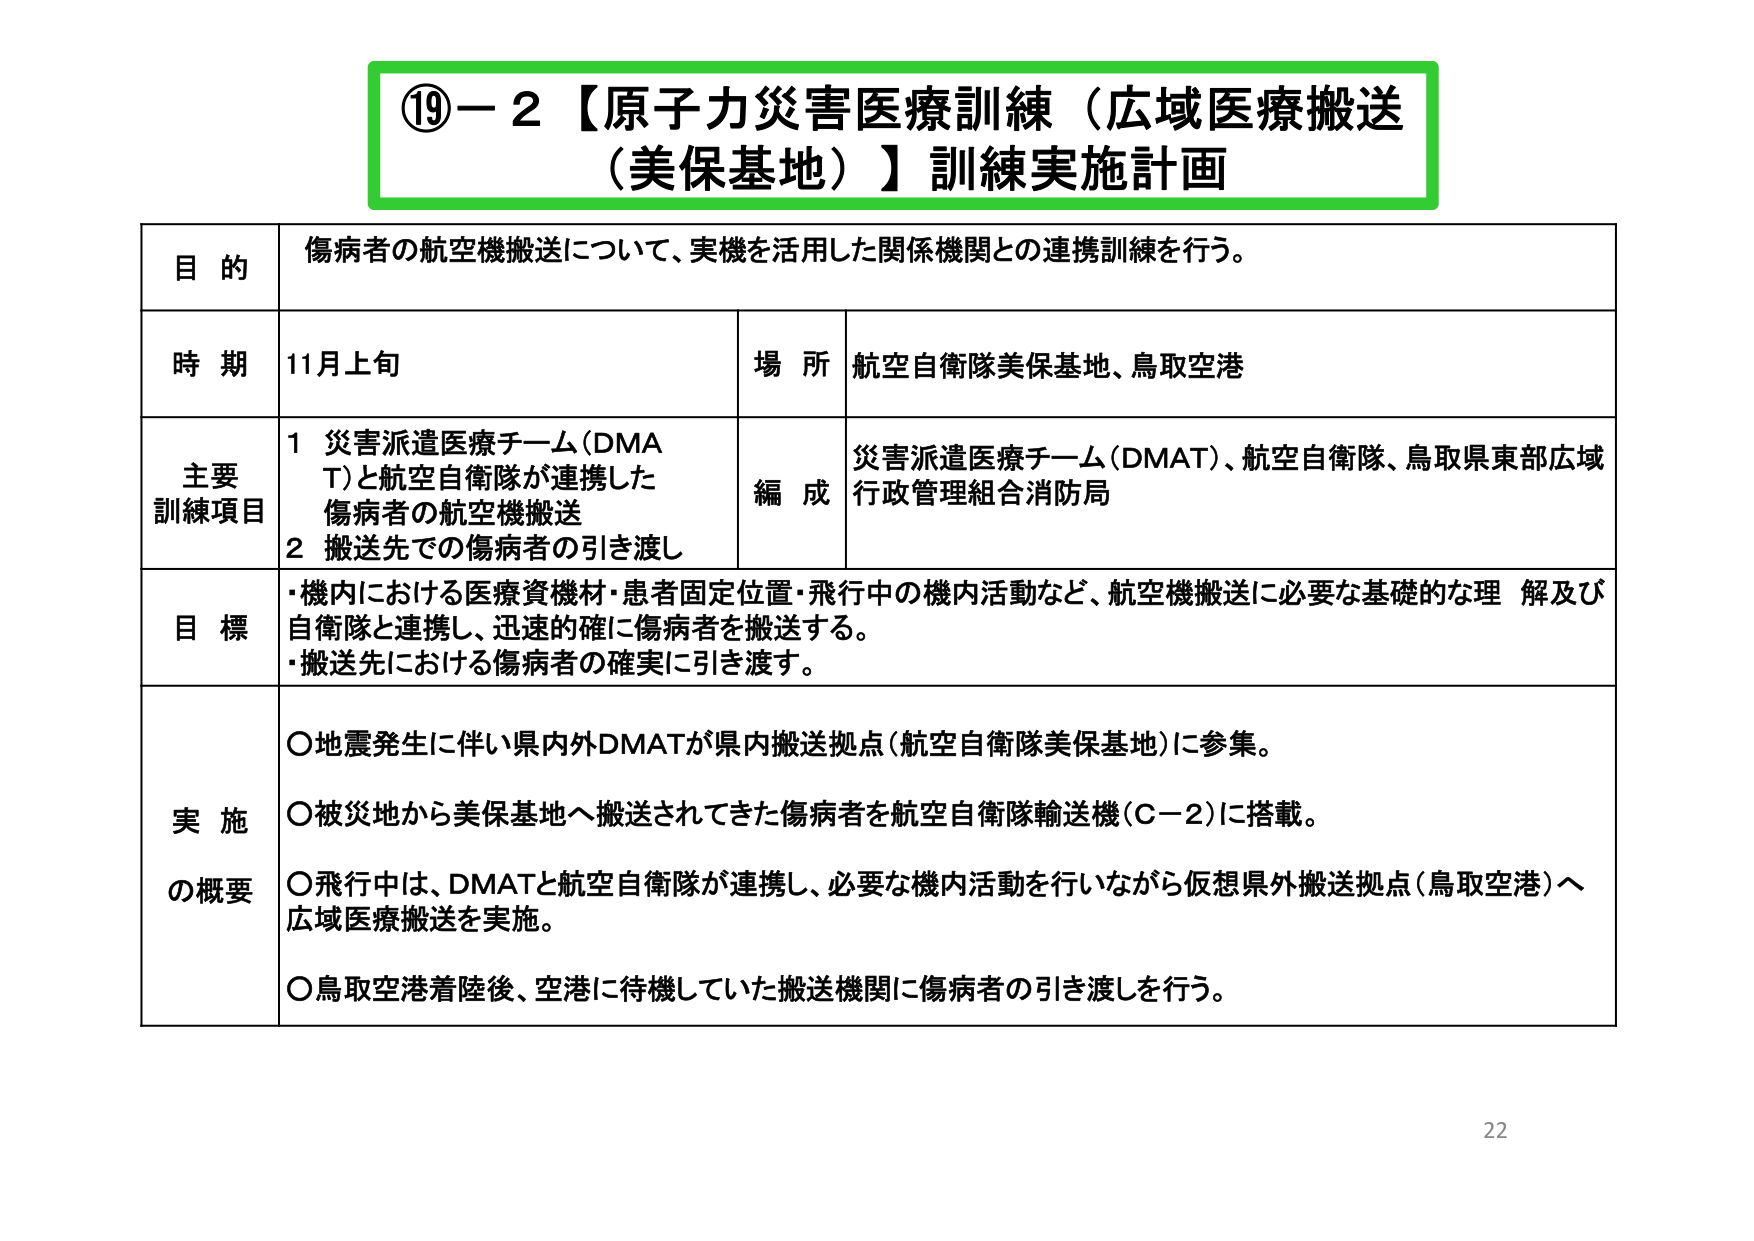
⑲－２【原子力災害医療訓練（広域医療搬送（美保基地））訓練実施計画

目的 傷病者の航空機搬送について、実機を活用した関係機関との連携訓練を行う。

時期 11月上旬 場所 航空自衛隊美保基地、鳥取空港

主要 訓練項目 1 災害派遣医療チーム（DMAT）と航空自衛隊が連携した 傷病者の航空機搬送 2 搬送先での傷病者の引き渡し 編成 災害派遣医療チーム（DMAT）、航空自衛隊、鳥取県東部広域 行政管理組合消防局

目標 ・機内における医療資機材・患者固定位置・飛行中の機内活動など、航空機搬送に必要な基礎的な理解及び 自衛隊と連携し、迅速的確に傷病者を搬送する。 ・搬送先における傷病者の確実に引き渡す。

実施 の概要 ○地震発生に伴い県内外DMATが県内搬送拠点（航空自衛隊美保基地）に参集。 ○被災地から美保基地へ搬送されてきた傷病者を航空自衛隊輸送機（C－2）に搭載。 ○飛行中は、DMATと航空自衛隊が連携し、必要な機内活動を行いながら仮想県外搬送拠点（鳥取空港）へ 広域医療搬送を実施。 ○鳥取空港着陸後、空港に待機していた搬送機関に傷病者の引き渡しを行う。

22